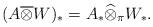
LaTeX: \begin{align*}(A\overline{\otimes} W)_*=A_*\widehat{\otimes}_{\pi}W_*.\end{align*}